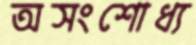
অসংশোধ্য